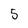
Character: 5